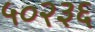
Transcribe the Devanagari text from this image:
५०२३६